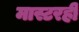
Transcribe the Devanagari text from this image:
मास्टरही